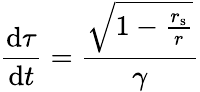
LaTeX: {\frac{\mathrm{{d}}\tau}{\mathrm{{d}}t}}={\frac{\sqrt{1-{\frac{r_{\mathrm{{s}}}}{r}}}}{\gamma}}